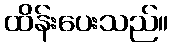
ထိန်းပေးသည်။